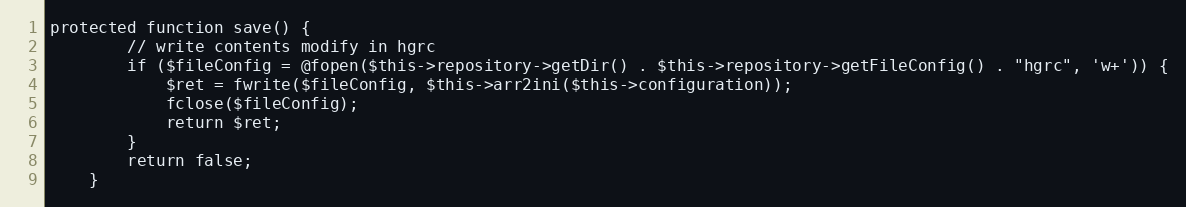
Language: PHP
protected function save() {
        // write contents modify in hgrc
        if ($fileConfig = @fopen($this->repository->getDir() . $this->repository->getFileConfig() . "hgrc", 'w+')) {
			$ret = fwrite($fileConfig, $this->arr2ini($this->configuration));
			fclose($fileConfig);
			return $ret;
		}
		return false;
    }